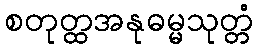
စတုတ္ထအနုဓမ္မသုတ္တံ